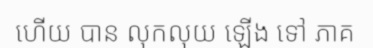
ហើយ បាន លុកលុយ ឡើង ទៅ ភាគ